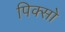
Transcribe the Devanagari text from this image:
पिक्सो